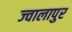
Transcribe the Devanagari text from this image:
ज्‍वालापुर